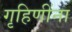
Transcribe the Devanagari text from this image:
गृहिणींना